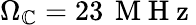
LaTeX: \Omega_{\mathbb{C}}=23\, \mathrm{{~M~H~z~}}